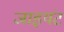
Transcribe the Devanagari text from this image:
जाइयंट